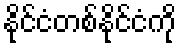
နိုင်ငံတစ်နိုင်ငံကို